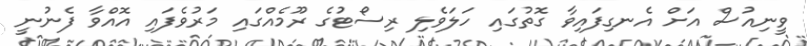
ވީނިއުސް އަށް އެނގިފައިވާ ގޮތުގައި ހަލަވެލި ރިސޯޓުގެ ރޫމެއްގައި މަރުވެފައި އޮއްވާ ފެނުނީ